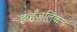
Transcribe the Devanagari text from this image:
इव्हँजलिकल